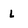
Character: L